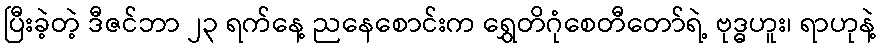
ပြီးခဲ့တဲ့ ဒီဇင်ဘာ ၂၃ ရက်နေ့ ညနေစောင်းက ရွှေတိဂုံစေတီတော်ရဲ့ ဗုဒ္ဓဟူး၊ ရာဟုနဲ့